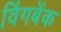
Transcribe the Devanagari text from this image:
विंगबॅक